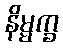
နိမ္မက္ခ